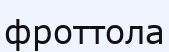
фроттола